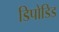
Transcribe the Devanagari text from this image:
डिपोडिड